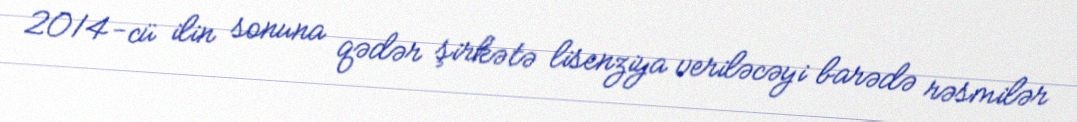
2014-cü ilin sonuna qədər şirkətə lisenziya veriləcəyi barədə rəsmilər